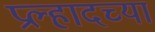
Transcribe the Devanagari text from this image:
प्रल्हादच्या